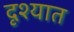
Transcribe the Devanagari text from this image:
दृश्यात